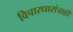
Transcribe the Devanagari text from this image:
विचारधारांचाही